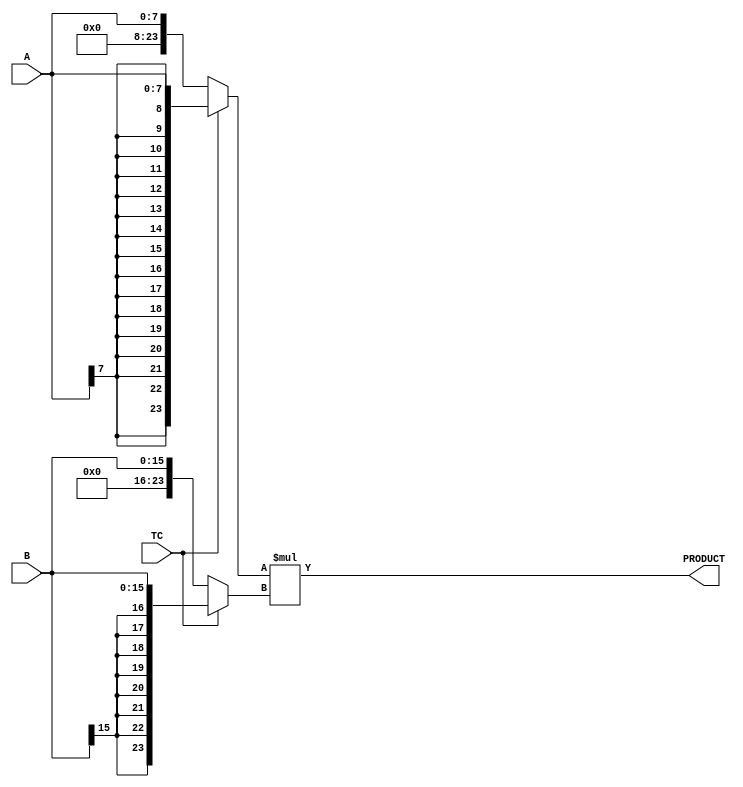


//--------------------------------------------------------------------------------------------------
//
// Title       : DW02_mult
// Design      : Multiplier

//-------------------------------------------------------------------------------------------------
//
// Description : DW02_mult is a multiplier that multiplies the operand A by B to produce the output,
// PRODUCT. The control signal TC determines whether the input and output data is interpreted as 
// unsigned (TC= 0) or signed (TC=1) numbers.
//
//-------------------------------------------------------------------------------------------------

module DW02_mult (A, B, TC, PRODUCT);

parameter A_width = 8;
parameter B_width = 16;	

/********* Internal parameter *************/
parameter width = A_width + B_width;
/*****************************************/

input [A_width - 1 : 0]              A;
input [B_width - 1 : 0]              B;
input                                TC;
output [width - 1 : 0] PRODUCT;

reg [width - 1 : 0] temp_a;
reg [width - 1 : 0] temp_b;
reg [width - 1 : 0] PRODUCT;

//Multplying the inputs -- using signed multiplier
always @( A or B or TC )
	begin
		temp_a =  TC ? {{width - A_width{A[A_width - 1]}},A} : {{width - A_width{1'b0}},A};
		temp_b =  TC ? {{width - B_width{B[B_width - 1]}},B} : {{width - B_width{1'b0}},B};
		PRODUCT = temp_a * temp_b;
	end	

endmodule